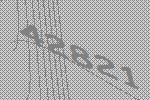
42821